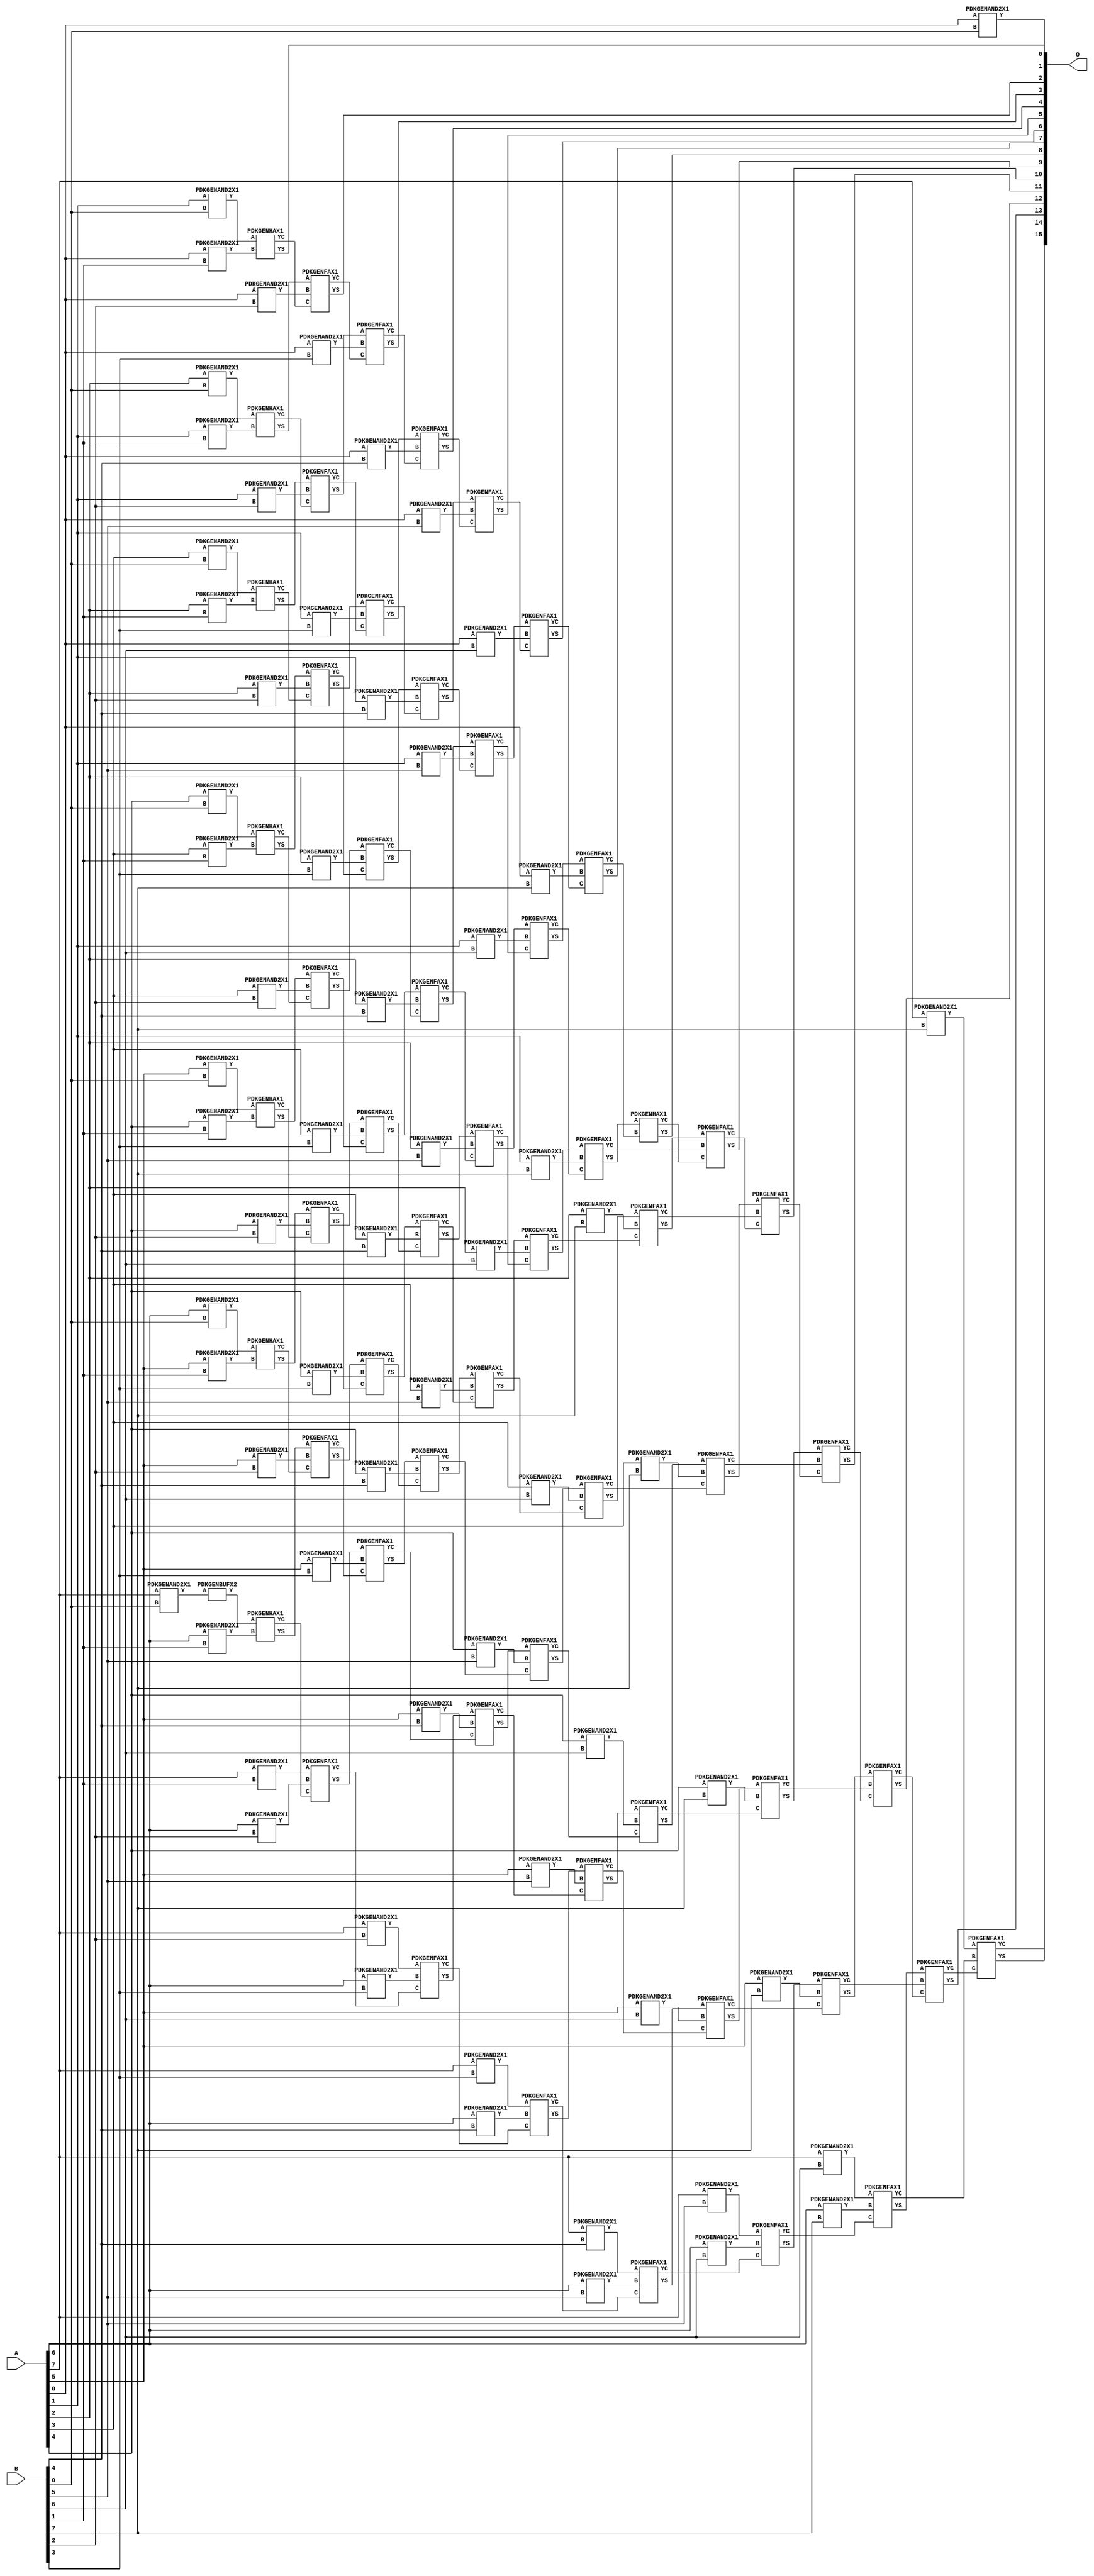
/***
* This code is a part of EvoApproxLib library (ehw.fit.vutbr.cz/approxlib) distributed under The MIT License.
* When used, please cite the following article(s): V. Mrazek, Z. Vasicek, L. Sekanina, H. Jiang and J. Han, "Scalable Construction of Approximate Multipliers With Formally Guaranteed Worst Case Error" in IEEE Transactions on Very Large Scale Integration (VLSI) Systems, vol. 26, no. 11, pp. 2572-2576, Nov. 2018. doi: 10.1109/TVLSI.2018.2856362 
* This file contains a circuit from a sub-set of pareto optimal circuits with respect to the pwr and mse parameters
***/
// MAE% = 0.00 %
// MAE = 0 
// WCE% = 0.00 %
// WCE = 0 
// WCRE% = 0.00 %
// EP% = 0.00 %
// MRE% = 0.00 %
// MSE = 0 
// PDK45_PWR = 2.202 mW
// PDK45_AREA = 3203.0 um2
// PDK45_DELAY = 3.11 ns



module mul8_364(A, B, O);
  input [7:0] A;
  input [7:0] B;
  output [15:0] O;
  wire [2031:0] N;

  assign N[0] = A[0];
  assign N[1] = A[0];
  assign N[2] = A[1];
  assign N[3] = A[1];
  assign N[4] = A[2];
  assign N[5] = A[2];
  assign N[6] = A[3];
  assign N[7] = A[3];
  assign N[8] = A[4];
  assign N[9] = A[4];
  assign N[10] = A[5];
  assign N[11] = A[5];
  assign N[12] = A[6];
  assign N[13] = A[6];
  assign N[14] = A[7];
  assign N[15] = A[7];
  assign N[16] = B[0];
  assign N[17] = B[0];
  assign N[18] = B[1];
  assign N[19] = B[1];
  assign N[20] = B[2];
  assign N[21] = B[2];
  assign N[22] = B[3];
  assign N[23] = B[3];
  assign N[24] = B[4];
  assign N[25] = B[4];
  assign N[26] = B[5];
  assign N[27] = B[5];
  assign N[28] = B[6];
  assign N[29] = B[6];
  assign N[30] = B[7];
  assign N[31] = B[7];

  PDKGENAND2X1 n32(.A(N[0]), .B(N[16]), .Y(N[32]));
  PDKGENAND2X1 n48(.A(N[2]), .B(N[16]), .Y(N[48]));
  PDKGENAND2X1 n64(.A(N[4]), .B(N[16]), .Y(N[64]));
  PDKGENAND2X1 n82(.A(N[6]), .B(N[16]), .Y(N[82]));
  PDKGENAND2X1 n98(.A(N[8]), .B(N[16]), .Y(N[98]));
  PDKGENAND2X1 n114(.A(N[10]), .B(N[16]), .Y(N[114]));
  PDKGENAND2X1 n132(.A(N[12]), .B(N[16]), .Y(N[132]));
  PDKGENAND2X1 n148(.A(N[14]), .B(N[16]), .Y(N[148]));
  assign N[149] = N[148];
  PDKGENAND2X1 n164(.A(N[0]), .B(N[18]), .Y(N[164]));
  PDKGENBUFX2 n166(.A(N[149]), .Y(N[166]));
  assign N[167] = N[166];
  PDKGENAND2X1 n182(.A(N[2]), .B(N[18]), .Y(N[182]));
  PDKGENAND2X1 n198(.A(N[4]), .B(N[18]), .Y(N[198]));
  PDKGENAND2X1 n214(.A(N[6]), .B(N[18]), .Y(N[214]));
  PDKGENAND2X1 n232(.A(N[8]), .B(N[18]), .Y(N[232]));
  PDKGENAND2X1 n248(.A(N[10]), .B(N[18]), .Y(N[248]));
  PDKGENAND2X1 n264(.A(N[12]), .B(N[18]), .Y(N[264]));
  PDKGENAND2X1 n282(.A(N[14]), .B(N[18]), .Y(N[282]));
  PDKGENHAX1 n298(.A(N[48]), .B(N[164]), .YS(N[298]), .YC(N[299]));
  PDKGENHAX1 n314(.A(N[64]), .B(N[182]), .YS(N[314]), .YC(N[315]));
  PDKGENHAX1 n332(.A(N[82]), .B(N[198]), .YS(N[332]), .YC(N[333]));
  PDKGENHAX1 n348(.A(N[98]), .B(N[214]), .YS(N[348]), .YC(N[349]));
  PDKGENHAX1 n364(.A(N[114]), .B(N[232]), .YS(N[364]), .YC(N[365]));
  PDKGENHAX1 n382(.A(N[132]), .B(N[248]), .YS(N[382]), .YC(N[383]));
  PDKGENHAX1 n398(.A(N[167]), .B(N[264]), .YS(N[398]), .YC(N[399]));
  PDKGENAND2X1 n414(.A(N[0]), .B(N[20]), .Y(N[414]));
  PDKGENAND2X1 n432(.A(N[2]), .B(N[20]), .Y(N[432]));
  PDKGENAND2X1 n448(.A(N[4]), .B(N[20]), .Y(N[448]));
  PDKGENAND2X1 n464(.A(N[6]), .B(N[20]), .Y(N[464]));
  PDKGENAND2X1 n482(.A(N[8]), .B(N[20]), .Y(N[482]));
  PDKGENAND2X1 n498(.A(N[10]), .B(N[20]), .Y(N[498]));
  PDKGENAND2X1 n514(.A(N[12]), .B(N[20]), .Y(N[514]));
  PDKGENAND2X1 n532(.A(N[14]), .B(N[20]), .Y(N[532]));
  PDKGENFAX1 n548(.A(N[314]), .B(N[414]), .C(N[299]), .YS(N[548]), .YC(N[549]));
  PDKGENFAX1 n564(.A(N[332]), .B(N[432]), .C(N[315]), .YS(N[564]), .YC(N[565]));
  PDKGENFAX1 n582(.A(N[348]), .B(N[448]), .C(N[333]), .YS(N[582]), .YC(N[583]));
  PDKGENFAX1 n598(.A(N[364]), .B(N[464]), .C(N[349]), .YS(N[598]), .YC(N[599]));
  PDKGENFAX1 n614(.A(N[382]), .B(N[482]), .C(N[365]), .YS(N[614]), .YC(N[615]));
  PDKGENFAX1 n632(.A(N[398]), .B(N[498]), .C(N[383]), .YS(N[632]), .YC(N[633]));
  PDKGENFAX1 n648(.A(N[282]), .B(N[514]), .C(N[399]), .YS(N[648]), .YC(N[649]));
  PDKGENAND2X1 n664(.A(N[0]), .B(N[22]), .Y(N[664]));
  PDKGENAND2X1 n682(.A(N[2]), .B(N[22]), .Y(N[682]));
  PDKGENAND2X1 n698(.A(N[4]), .B(N[22]), .Y(N[698]));
  PDKGENAND2X1 n714(.A(N[6]), .B(N[22]), .Y(N[714]));
  PDKGENAND2X1 n732(.A(N[8]), .B(N[22]), .Y(N[732]));
  PDKGENAND2X1 n748(.A(N[10]), .B(N[22]), .Y(N[748]));
  PDKGENAND2X1 n764(.A(N[12]), .B(N[22]), .Y(N[764]));
  PDKGENAND2X1 n782(.A(N[14]), .B(N[22]), .Y(N[782]));
  PDKGENFAX1 n798(.A(N[564]), .B(N[664]), .C(N[549]), .YS(N[798]), .YC(N[799]));
  PDKGENFAX1 n814(.A(N[582]), .B(N[682]), .C(N[565]), .YS(N[814]), .YC(N[815]));
  PDKGENFAX1 n832(.A(N[598]), .B(N[698]), .C(N[583]), .YS(N[832]), .YC(N[833]));
  PDKGENFAX1 n848(.A(N[614]), .B(N[714]), .C(N[599]), .YS(N[848]), .YC(N[849]));
  PDKGENFAX1 n864(.A(N[632]), .B(N[732]), .C(N[615]), .YS(N[864]), .YC(N[865]));
  PDKGENFAX1 n882(.A(N[648]), .B(N[748]), .C(N[633]), .YS(N[882]), .YC(N[883]));
  PDKGENFAX1 n898(.A(N[532]), .B(N[764]), .C(N[649]), .YS(N[898]), .YC(N[899]));
  PDKGENAND2X1 n914(.A(N[0]), .B(N[24]), .Y(N[914]));
  PDKGENAND2X1 n932(.A(N[2]), .B(N[24]), .Y(N[932]));
  PDKGENAND2X1 n948(.A(N[4]), .B(N[24]), .Y(N[948]));
  PDKGENAND2X1 n964(.A(N[6]), .B(N[24]), .Y(N[964]));
  PDKGENAND2X1 n982(.A(N[8]), .B(N[24]), .Y(N[982]));
  PDKGENAND2X1 n998(.A(N[10]), .B(N[24]), .Y(N[998]));
  PDKGENAND2X1 n1014(.A(N[12]), .B(N[24]), .Y(N[1014]));
  PDKGENAND2X1 n1032(.A(N[14]), .B(N[24]), .Y(N[1032]));
  PDKGENFAX1 n1048(.A(N[814]), .B(N[914]), .C(N[799]), .YS(N[1048]), .YC(N[1049]));
  PDKGENFAX1 n1064(.A(N[832]), .B(N[932]), .C(N[815]), .YS(N[1064]), .YC(N[1065]));
  PDKGENFAX1 n1082(.A(N[848]), .B(N[948]), .C(N[833]), .YS(N[1082]), .YC(N[1083]));
  PDKGENFAX1 n1098(.A(N[864]), .B(N[964]), .C(N[849]), .YS(N[1098]), .YC(N[1099]));
  PDKGENFAX1 n1114(.A(N[882]), .B(N[982]), .C(N[865]), .YS(N[1114]), .YC(N[1115]));
  PDKGENFAX1 n1132(.A(N[898]), .B(N[998]), .C(N[883]), .YS(N[1132]), .YC(N[1133]));
  PDKGENFAX1 n1148(.A(N[782]), .B(N[1014]), .C(N[899]), .YS(N[1148]), .YC(N[1149]));
  PDKGENAND2X1 n1164(.A(N[0]), .B(N[26]), .Y(N[1164]));
  PDKGENAND2X1 n1182(.A(N[2]), .B(N[26]), .Y(N[1182]));
  PDKGENAND2X1 n1198(.A(N[4]), .B(N[26]), .Y(N[1198]));
  PDKGENAND2X1 n1214(.A(N[6]), .B(N[26]), .Y(N[1214]));
  PDKGENAND2X1 n1232(.A(N[8]), .B(N[26]), .Y(N[1232]));
  PDKGENAND2X1 n1248(.A(N[10]), .B(N[26]), .Y(N[1248]));
  PDKGENAND2X1 n1264(.A(N[12]), .B(N[26]), .Y(N[1264]));
  PDKGENAND2X1 n1282(.A(N[14]), .B(N[26]), .Y(N[1282]));
  PDKGENFAX1 n1298(.A(N[1064]), .B(N[1164]), .C(N[1049]), .YS(N[1298]), .YC(N[1299]));
  PDKGENFAX1 n1314(.A(N[1082]), .B(N[1182]), .C(N[1065]), .YS(N[1314]), .YC(N[1315]));
  PDKGENFAX1 n1332(.A(N[1098]), .B(N[1198]), .C(N[1083]), .YS(N[1332]), .YC(N[1333]));
  PDKGENFAX1 n1348(.A(N[1114]), .B(N[1214]), .C(N[1099]), .YS(N[1348]), .YC(N[1349]));
  PDKGENFAX1 n1364(.A(N[1132]), .B(N[1232]), .C(N[1115]), .YS(N[1364]), .YC(N[1365]));
  PDKGENFAX1 n1382(.A(N[1148]), .B(N[1248]), .C(N[1133]), .YS(N[1382]), .YC(N[1383]));
  PDKGENFAX1 n1398(.A(N[1032]), .B(N[1264]), .C(N[1149]), .YS(N[1398]), .YC(N[1399]));
  PDKGENAND2X1 n1414(.A(N[0]), .B(N[28]), .Y(N[1414]));
  PDKGENAND2X1 n1432(.A(N[2]), .B(N[28]), .Y(N[1432]));
  PDKGENAND2X1 n1448(.A(N[4]), .B(N[28]), .Y(N[1448]));
  PDKGENAND2X1 n1464(.A(N[6]), .B(N[28]), .Y(N[1464]));
  PDKGENAND2X1 n1482(.A(N[8]), .B(N[28]), .Y(N[1482]));
  PDKGENAND2X1 n1498(.A(N[10]), .B(N[28]), .Y(N[1498]));
  PDKGENAND2X1 n1514(.A(N[12]), .B(N[28]), .Y(N[1514]));
  PDKGENAND2X1 n1532(.A(N[14]), .B(N[28]), .Y(N[1532]));
  PDKGENFAX1 n1548(.A(N[1314]), .B(N[1414]), .C(N[1299]), .YS(N[1548]), .YC(N[1549]));
  PDKGENFAX1 n1564(.A(N[1332]), .B(N[1432]), .C(N[1315]), .YS(N[1564]), .YC(N[1565]));
  PDKGENFAX1 n1582(.A(N[1348]), .B(N[1448]), .C(N[1333]), .YS(N[1582]), .YC(N[1583]));
  PDKGENFAX1 n1598(.A(N[1364]), .B(N[1464]), .C(N[1349]), .YS(N[1598]), .YC(N[1599]));
  PDKGENFAX1 n1614(.A(N[1382]), .B(N[1482]), .C(N[1365]), .YS(N[1614]), .YC(N[1615]));
  PDKGENFAX1 n1632(.A(N[1398]), .B(N[1498]), .C(N[1383]), .YS(N[1632]), .YC(N[1633]));
  PDKGENFAX1 n1648(.A(N[1282]), .B(N[1514]), .C(N[1399]), .YS(N[1648]), .YC(N[1649]));
  PDKGENAND2X1 n1664(.A(N[0]), .B(N[30]), .Y(N[1664]));
  PDKGENAND2X1 n1682(.A(N[2]), .B(N[30]), .Y(N[1682]));
  PDKGENAND2X1 n1698(.A(N[4]), .B(N[30]), .Y(N[1698]));
  PDKGENAND2X1 n1714(.A(N[6]), .B(N[30]), .Y(N[1714]));
  PDKGENAND2X1 n1732(.A(N[8]), .B(N[30]), .Y(N[1732]));
  PDKGENAND2X1 n1748(.A(N[10]), .B(N[30]), .Y(N[1748]));
  PDKGENAND2X1 n1764(.A(N[12]), .B(N[30]), .Y(N[1764]));
  PDKGENAND2X1 n1782(.A(N[14]), .B(N[30]), .Y(N[1782]));
  PDKGENFAX1 n1798(.A(N[1564]), .B(N[1664]), .C(N[1549]), .YS(N[1798]), .YC(N[1799]));
  PDKGENFAX1 n1814(.A(N[1582]), .B(N[1682]), .C(N[1565]), .YS(N[1814]), .YC(N[1815]));
  PDKGENFAX1 n1832(.A(N[1598]), .B(N[1698]), .C(N[1583]), .YS(N[1832]), .YC(N[1833]));
  PDKGENFAX1 n1848(.A(N[1614]), .B(N[1714]), .C(N[1599]), .YS(N[1848]), .YC(N[1849]));
  PDKGENFAX1 n1864(.A(N[1632]), .B(N[1732]), .C(N[1615]), .YS(N[1864]), .YC(N[1865]));
  PDKGENFAX1 n1882(.A(N[1648]), .B(N[1748]), .C(N[1633]), .YS(N[1882]), .YC(N[1883]));
  PDKGENFAX1 n1898(.A(N[1532]), .B(N[1764]), .C(N[1649]), .YS(N[1898]), .YC(N[1899]));
  PDKGENHAX1 n1914(.A(N[1814]), .B(N[1799]), .YS(N[1914]), .YC(N[1915]));
  PDKGENFAX1 n1932(.A(N[1832]), .B(N[1815]), .C(N[1915]), .YS(N[1932]), .YC(N[1933]));
  PDKGENFAX1 n1948(.A(N[1848]), .B(N[1833]), .C(N[1933]), .YS(N[1948]), .YC(N[1949]));
  PDKGENFAX1 n1964(.A(N[1864]), .B(N[1849]), .C(N[1949]), .YS(N[1964]), .YC(N[1965]));
  PDKGENFAX1 n1982(.A(N[1882]), .B(N[1865]), .C(N[1965]), .YS(N[1982]), .YC(N[1983]));
  PDKGENFAX1 n1998(.A(N[1898]), .B(N[1883]), .C(N[1983]), .YS(N[1998]), .YC(N[1999]));
  PDKGENFAX1 n2014(.A(N[1782]), .B(N[1899]), .C(N[1999]), .YS(N[2014]), .YC(N[2015]));

  assign O[0] = N[32];
  assign O[1] = N[298];
  assign O[2] = N[548];
  assign O[3] = N[798];
  assign O[4] = N[1048];
  assign O[5] = N[1298];
  assign O[6] = N[1548];
  assign O[7] = N[1798];
  assign O[8] = N[1914];
  assign O[9] = N[1932];
  assign O[10] = N[1948];
  assign O[11] = N[1964];
  assign O[12] = N[1982];
  assign O[13] = N[1998];
  assign O[14] = N[2014];
  assign O[15] = N[2015];

endmodule


module trun8_tam00b ( A, B, O );
  input [7:0] A;
  input [7:0] B;
  output [15:0] O;

  wire C_1_0,C_1_1,C_1_2,C_1_3,C_1_4,C_1_5,C_1_6,C_2_0,C_2_1,C_2_2,C_2_3,C_2_4,C_2_5,C_2_6,C_3_0,C_3_1,C_3_2,C_3_3,C_3_4,C_3_5,C_3_6,C_4_0,C_4_1,C_4_2,C_4_3,C_4_4,C_4_5,C_4_6,C_5_0,C_5_1,C_5_2,C_5_3,C_5_4,C_5_5,C_5_6,C_6_0,C_6_1,C_6_2,C_6_3,C_6_4,C_6_5,C_6_6,C_7_0,C_7_1,C_7_2,C_7_3,C_7_4,C_7_5,C_7_6,S_0_0,S_0_1,S_0_2,S_0_3,S_0_4,S_0_5,S_0_6,S_0_7,S_1_0,S_1_1,S_1_2,S_1_3,S_1_4,S_1_5,S_1_6,S_1_7,S_2_0,S_2_1,S_2_2,S_2_3,S_2_4,S_2_5,S_2_6,S_2_7,S_3_0,S_3_1,S_3_2,S_3_3,S_3_4,S_3_5,S_3_6,S_3_7,S_4_0,S_4_1,S_4_2,S_4_3,S_4_4,S_4_5,S_4_6,S_4_7,S_5_0,S_5_1,S_5_2,S_5_3,S_5_4,S_5_5,S_5_6,S_5_7,S_6_0,S_6_1,S_6_2,S_6_3,S_6_4,S_6_5,S_6_6,S_6_7,S_7_0,S_7_1,S_7_2,S_7_3,S_7_4,S_7_5,S_7_6,S_7_7,S_8_0,S_8_1,S_8_2,S_8_3,S_8_4,S_8_5,S_8_6,S_8_7;

  assign S_0_0 = (A[0] & B[0]);
  assign S_0_1 = (A[0] & B[1]);
  assign S_0_2 = (A[0] & B[2]);
  assign S_0_3 = (A[0] & B[3]);
  assign S_0_4 = (A[0] & B[4]);
  assign S_0_5 = (A[0] & B[5]);
  assign S_0_6 = (A[0] & B[6]);
  assign S_0_7 = (A[0] & B[7]);
  PDKGENHAX1 U13609 (.A(S_0_1), .B((A[1] & B[0])), .YS(S_1_0), .YC(C_1_0));
  PDKGENHAX1 U13610 (.A(S_0_2), .B((A[1] & B[1])), .YS(S_1_1), .YC(C_1_1));
  PDKGENHAX1 U13611 (.A(S_0_3), .B((A[1] & B[2])), .YS(S_1_2), .YC(C_1_2));
  PDKGENHAX1 U13612 (.A(S_0_4), .B((A[1] & B[3])), .YS(S_1_3), .YC(C_1_3));
  PDKGENHAX1 U13613 (.A(S_0_5), .B((A[1] & B[4])), .YS(S_1_4), .YC(C_1_4));
  PDKGENHAX1 U13614 (.A(S_0_6), .B((A[1] & B[5])), .YS(S_1_5), .YC(C_1_5));
  PDKGENHAX1 U13615 (.A(S_0_7), .B((A[1] & B[6])), .YS(S_1_6), .YC(C_1_6));
  assign S_1_7 = (A[1] & B[7]);
  PDKGENFAX1 U13617 (.A(S_1_1), .B(C_1_0), .C((A[2] & B[0])), .YS(S_2_0), .YC(C_2_0));
  PDKGENFAX1 U13618 (.A(S_1_2), .B(C_1_1), .C((A[2] & B[1])), .YS(S_2_1), .YC(C_2_1));
  PDKGENFAX1 U13619 (.A(S_1_3), .B(C_1_2), .C((A[2] & B[2])), .YS(S_2_2), .YC(C_2_2));
  PDKGENFAX1 U13620 (.A(S_1_4), .B(C_1_3), .C((A[2] & B[3])), .YS(S_2_3), .YC(C_2_3));
  PDKGENFAX1 U13621 (.A(S_1_5), .B(C_1_4), .C((A[2] & B[4])), .YS(S_2_4), .YC(C_2_4));
  PDKGENFAX1 U13622 (.A(S_1_6), .B(C_1_5), .C((A[2] & B[5])), .YS(S_2_5), .YC(C_2_5));
  PDKGENFAX1 U13623 (.A(S_1_7), .B(C_1_6), .C((A[2] & B[6])), .YS(S_2_6), .YC(C_2_6));
  assign S_2_7 = (A[2] & B[7]);
  PDKGENFAX1 U13625 (.A(S_2_1), .B(C_2_0), .C((A[3] & B[0])), .YS(S_3_0), .YC(C_3_0));
  PDKGENFAX1 U13626 (.A(S_2_2), .B(C_2_1), .C((A[3] & B[1])), .YS(S_3_1), .YC(C_3_1));
  PDKGENFAX1 U13627 (.A(S_2_3), .B(C_2_2), .C((A[3] & B[2])), .YS(S_3_2), .YC(C_3_2));
  PDKGENFAX1 U13628 (.A(S_2_4), .B(C_2_3), .C((A[3] & B[3])), .YS(S_3_3), .YC(C_3_3));
  PDKGENFAX1 U13629 (.A(S_2_5), .B(C_2_4), .C((A[3] & B[4])), .YS(S_3_4), .YC(C_3_4));
  PDKGENFAX1 U13630 (.A(S_2_6), .B(C_2_5), .C((A[3] & B[5])), .YS(S_3_5), .YC(C_3_5));
  PDKGENFAX1 U13631 (.A(S_2_7), .B(C_2_6), .C((A[3] & B[6])), .YS(S_3_6), .YC(C_3_6));
  assign S_3_7 = (A[3] & B[7]);
  PDKGENFAX1 U13633 (.A(S_3_1), .B(C_3_0), .C((A[4] & B[0])), .YS(S_4_0), .YC(C_4_0));
  PDKGENFAX1 U13634 (.A(S_3_2), .B(C_3_1), .C((A[4] & B[1])), .YS(S_4_1), .YC(C_4_1));
  PDKGENFAX1 U13635 (.A(S_3_3), .B(C_3_2), .C((A[4] & B[2])), .YS(S_4_2), .YC(C_4_2));
  PDKGENFAX1 U13636 (.A(S_3_4), .B(C_3_3), .C((A[4] & B[3])), .YS(S_4_3), .YC(C_4_3));
  PDKGENFAX1 U13637 (.A(S_3_5), .B(C_3_4), .C((A[4] & B[4])), .YS(S_4_4), .YC(C_4_4));
  PDKGENFAX1 U13638 (.A(S_3_6), .B(C_3_5), .C((A[4] & B[5])), .YS(S_4_5), .YC(C_4_5));
  PDKGENFAX1 U13639 (.A(S_3_7), .B(C_3_6), .C((A[4] & B[6])), .YS(S_4_6), .YC(C_4_6));
  assign S_4_7 = (A[4] & B[7]);
  PDKGENFAX1 U13641 (.A(S_4_1), .B(C_4_0), .C((A[5] & B[0])), .YS(S_5_0), .YC(C_5_0));
  PDKGENFAX1 U13642 (.A(S_4_2), .B(C_4_1), .C((A[5] & B[1])), .YS(S_5_1), .YC(C_5_1));
  PDKGENFAX1 U13643 (.A(S_4_3), .B(C_4_2), .C((A[5] & B[2])), .YS(S_5_2), .YC(C_5_2));
  PDKGENFAX1 U13644 (.A(S_4_4), .B(C_4_3), .C((A[5] & B[3])), .YS(S_5_3), .YC(C_5_3));
  PDKGENFAX1 U13645 (.A(S_4_5), .B(C_4_4), .C((A[5] & B[4])), .YS(S_5_4), .YC(C_5_4));
  PDKGENFAX1 U13646 (.A(S_4_6), .B(C_4_5), .C((A[5] & B[5])), .YS(S_5_5), .YC(C_5_5));
  PDKGENFAX1 U13647 (.A(S_4_7), .B(C_4_6), .C((A[5] & B[6])), .YS(S_5_6), .YC(C_5_6));
  assign S_5_7 = (A[5] & B[7]);
  PDKGENFAX1 U13649 (.A(S_5_1), .B(C_5_0), .C((A[6] & B[0])), .YS(S_6_0), .YC(C_6_0));
  PDKGENFAX1 U13650 (.A(S_5_2), .B(C_5_1), .C((A[6] & B[1])), .YS(S_6_1), .YC(C_6_1));
  PDKGENFAX1 U13651 (.A(S_5_3), .B(C_5_2), .C((A[6] & B[2])), .YS(S_6_2), .YC(C_6_2));
  PDKGENFAX1 U13652 (.A(S_5_4), .B(C_5_3), .C((A[6] & B[3])), .YS(S_6_3), .YC(C_6_3));
  PDKGENFAX1 U13653 (.A(S_5_5), .B(C_5_4), .C((A[6] & B[4])), .YS(S_6_4), .YC(C_6_4));
  PDKGENFAX1 U13654 (.A(S_5_6), .B(C_5_5), .C((A[6] & B[5])), .YS(S_6_5), .YC(C_6_5));
  PDKGENFAX1 U13655 (.A(S_5_7), .B(C_5_6), .C((A[6] & B[6])), .YS(S_6_6), .YC(C_6_6));
  assign S_6_7 = (A[6] & B[7]);
  PDKGENFAX1 U13657 (.A(S_6_1), .B(C_6_0), .C((A[7] & B[0])), .YS(S_7_0), .YC(C_7_0));
  PDKGENFAX1 U13658 (.A(S_6_2), .B(C_6_1), .C((A[7] & B[1])), .YS(S_7_1), .YC(C_7_1));
  PDKGENFAX1 U13659 (.A(S_6_3), .B(C_6_2), .C((A[7] & B[2])), .YS(S_7_2), .YC(C_7_2));
  PDKGENFAX1 U13660 (.A(S_6_4), .B(C_6_3), .C((A[7] & B[3])), .YS(S_7_3), .YC(C_7_3));
  PDKGENFAX1 U13661 (.A(S_6_5), .B(C_6_4), .C((A[7] & B[4])), .YS(S_7_4), .YC(C_7_4));
  PDKGENFAX1 U13662 (.A(S_6_6), .B(C_6_5), .C((A[7] & B[5])), .YS(S_7_5), .YC(C_7_5));
  PDKGENFAX1 U13663 (.A(S_6_7), .B(C_6_6), .C((A[7] & B[6])), .YS(S_7_6), .YC(C_7_6));
  assign S_7_7 = (A[7] & B[7]);
  assign {S_8_7, S_8_6, S_8_5, S_8_4, S_8_3, S_8_2, S_8_1, S_8_0} = {C_7_6, C_7_5, C_7_4, C_7_3, C_7_2, C_7_1, C_7_0} + {S_7_7, S_7_6, S_7_5, S_7_4, S_7_3, S_7_2, S_7_1};
  assign O = {S_8_7,S_8_6,S_8_5,S_8_4,S_8_3,S_8_2,S_8_1,S_8_0,S_7_0,S_6_0,S_5_0,S_4_0,S_3_0,S_2_0,S_1_0,S_0_0};

endmodule
module CLA32bit(a,b,c_in,sum,c_out);

input [31:0]a,b;
input c_in;
output [31:0]sum;
output c_out;

wire [31:0] sum_out,  p,  g;
wire [7:0] PPP, GGG;
wire [8:0] CC;

assign p[31:0] = a[31:0] ^ b[31:0];
assign g[31:0] = a[31:0] & b[31:0];

assign PPP[0]= p [3] & p [2] & p [1] & p [0];
assign PPP[1]= p [7] & p [6] & p [5] & p [4];
assign PPP[2]= p[11] & p[10] & p [9] & p [8];
assign PPP[3]= p[15] & p[14] & p[13] & p[12];
assign PPP[4]= p[19] & p[18] & p[17] & p[16];
assign PPP[5]= p[23] & p[22] & p[21] & p[20];
assign PPP[6]= p[27] & p[26] & p[25] & p[24];
assign PPP[7]= p[31] & p[30] & p[29] & p[28];

assign GGG[0]= g[3]  | (p [3] & g [2])  | (p [3] & p [2] & g [1])  | (p [3] & p [2] & p [1] & g [0]) ;
assign GGG[1]= g[7]  | (p [7] & g [6])  | (p [7] & p [6] & g [5])  | (p [7] & p [6] & p [5] & g [4]);
assign GGG[2]= g[11] | (p[11] & g[10])  | (p[11] & p[10] & g [9])  | (p[11] & p[10] & p [9] & g [8]);
assign GGG[3]= g[15] | (p[15] & g[14])  | (p[15] & p[14] & g[13])  | (p[15] & p[14] & p[13] & g[12]);
assign GGG[4]= g[19] | (p[19] & g[18])  | (p[19] & p[18] & g[17])  | (p[19] & p[18] & p[17] & g[16]);
assign GGG[5]= g[23] | (p[23] & g[22])  | (p[23] & p[22] & g[21])  | (p[23] & p[22] & p[21] & g[20]);
assign GGG[6]= g[27] | (p[27] & g[26])  | (p[27] & p[26] & g[25])  | (p[27] & p[26] & p[25] & g[24]);
assign GGG[7]= g[31] | (p[31] & g[30])  | (p[31] & p[30] & g[29])  | (p[31] & p[30] & p[29] & g[28]);
assign CC[0] = c_in;
assign CC[1] = GGG[0]  |  PPP[0]&  CC[0];
assign CC[2] = GGG[1]  |  PPP[1]&GGG[0]  |  PPP[1]&PPP[0]&  CC[0];
assign CC[3] = GGG[2]  |  PPP[2]&GGG[1]  |  PPP[2]&PPP[1]&GGG[0]  |  PPP[2]&PPP[1]&PPP[0]&  CC[0];
assign CC[4] = GGG[3]  |  PPP[3]&GGG[2]  |  PPP[3]&PPP[2]&GGG[1]  |  PPP[3]&PPP[2]&PPP[1]&GGG[0]  |  PPP[3]&PPP[2]&PPP[1]&PPP[0]&  CC[0];
assign CC[5] = GGG[4]  |  PPP[4]&GGG[3]  |  PPP[4]&PPP[3]&GGG[2]  |  PPP[4]&PPP[3]&PPP[2]&GGG[1]  |  PPP[4]&PPP[3]&PPP[2]&PPP[1]&GGG[0] |  PPP[4]&PPP[3]&PPP[2]&PPP[1]&PPP[0]&  CC[0];
assign CC[6] = GGG[5]  |  PPP[5]&GGG[4]  |  PPP[5]&PPP[4]&GGG[3]  |  PPP[5]&PPP[4]&PPP[3]&GGG[2]  |  PPP[5]&PPP[4]&PPP[3]&PPP[2]&GGG[1] |  PPP[5]&PPP[4]&PPP[3]&PPP[2]&PPP[1]&GGG[0] |  PPP[5]&PPP[4]&PPP[3]&PPP[2]&PPP[1]&PPP[0]& CC[0];
assign CC[7] = GGG[6]  | PPP[6]&GGG[5]  |  PPP[6]&PPP[5]&GGG[4]  |  PPP[6]&PPP[5]&PPP[4]&GGG[3]  |  PPP[6]&PPP[5]&PPP[4]&PPP[3]&GGG[2]  |  PPP[6]&PPP[5]&PPP[4]&PPP[3]&PPP[2]&GGG[1] |  PPP[6]&PPP[5]&PPP[4]&PPP[3]&PPP[2]&PPP[1]&GGG[0] |  PPP[6]&PPP[5]&PPP[4]&PPP[3]&PPP[2]&PPP[1]&PPP[0] & CC[0];
assign CC[8] = GGG[7] | PPP[7]&GGG[6]  | PPP[7]&PPP[6]&GGG[5]  |  PPP[7]&PPP[6]&PPP[5]&GGG[4]  |  PPP[7]&PPP[6]&PPP[5]&PPP[4]&GGG[3]  |  PPP[7]&PPP[6]&PPP[5]&PPP[4]&PPP[3]&GGG[2]  |  PPP[7]&PPP[6]&PPP[5]&PPP[4]&PPP[3]&PPP[2]&GGG[1] |  PPP[7]&PPP[6]&PPP[5]&PPP[4]&PPP[3]&PPP[2]&PPP[1]&GGG[0] |  PPP[7]&PPP[6]&PPP[5]&PPP[4]&PPP[3]&PPP[2]&PPP[1]&PPP[0] & CC[0];
cla_4bit cla4bit1(.aa(a  [3:0]),  .bb(b  [3:0]),  .cin(CC[0]),   .pp(p  [3:0]),  .gg(g  [3:0]),   .summ(sum  [3:0]));
cla_4bit cla4bit2(.aa(a  [7:4]),  .bb(b  [7:4]),  .cin(CC[1]),   .pp(p  [7:4]),  .gg(g  [7:4]),   .summ(sum  [7:4]));
cla_4bit cla4bit3(.aa(a [11:8]),  .bb(b [11:8]),  .cin(CC[2]),   .pp(p [11:8]),  .gg(g [11:8]),   .summ(sum [11:8]));
cla_4bit cla4bit4(.aa(a[15:12]),  .bb(b[15:12]),  .cin(CC[3]),   .pp(p[15:12]),  .gg(g[15:12]),   .summ(sum[15:12]));
cla_4bit cla4bit5(.aa(a[19:16]),  .bb(b[19:16]),  .cin(CC[4]),   .pp(p[19:16]),  .gg(g[19:16]),   .summ(sum[19:16]));
cla_4bit cla4bit6(.aa(a[23:20]),  .bb(b[23:20]),  .cin(CC[5]),   .pp(p[23:20]),  .gg(g[23:20]),   .summ(sum[23:20]));
cla_4bit cla4bit7(.aa(a[27:24]),  .bb(b[27:24]),  .cin(CC[6]),   .pp(p[27:24]),  .gg(g[27:24]),   .summ(sum[27:24]));
cla_4bit cla4bit8(.aa(a[31:28]),  .bb(b[31:28]),  .cin(CC[7]),   .pp(p[31:28]),  .gg(g[31:28]),   .summ(sum[31:28]));

assign c_out=CC[8];

endmodule
module cla_4bit(aa,bb,cin,summ,pp,gg);
input  [3:0] aa,bb,pp,gg;  
input cin;
output [3:0] summ;

wire [3:0] c;

   assign c[0] = cin;
   assign c[1] = gg[0] | (pp[0] & c[0]);
   assign c[2] = gg[1] | (pp[1] & gg[0]) | (pp[1] & pp[0] & c[0]);
   assign c[3] = gg[2] | (pp[2] & gg[1]) | (pp[2] & pp[1] & gg[0])| (pp[2] & pp[1] & pp[0] & c[0]);

   assign summ[3:0] = pp[3:0]  ^  c[3:0];
endmodule

`timescale 1ns/100ps
module mul16u_BMC ( input[15:0] A,
                   input[15:0] B,
                   output [31:0] O
                 );

wire [15:0] ll,lh,hl,hh;
wire [31:0] llhhlh_sum;
wire [31:0] shifted_llhh, shifted_lh, shifted_hl;

localparam MAX1 = 15;
localparam MIN1 = 8;

localparam MAX2 = 7;
localparam MIN2 = 0;

mul8_364 LxL (.A(A[MAX2:MIN2]), .B(B[MAX2:MIN2]), .O(ll));
trun8_tam00b HxL (.A(A[MAX1:MIN1]), .B(B[MAX2:MIN2]), .O(hl));
mul8_364 LxH (.A(A[MAX2:MIN2]), .B(B[MAX1:MIN1]), .O(lh));
mul8_364 HxH (.A(A[MAX1:MIN1]), .B(B[MAX1:MIN1]), .O(hh));

assign shifted_llhh = { hh, ll }; 
assign shifted_lh = { {8{1'b0}}, lh, {8{1'b0}}}; 
assign shifted_hl = { {8{1'b0}}, hl, {8{1'b0}}};
CLA32bit LLHHLH (.a(shifted_llhh), .b(shifted_lh), .c_in(1'b0), .sum(llhhlh_sum), .c_out());
CLA32bit SUMO (.a(llhhlh_sum), .b(shifted_hl), .c_in(1'b0), .sum(O), .c_out());

endmodule


/* mod */
module PDKGENHAX1( input A, input B, output YS, output YC );
    assign YS = A ^ B;
    assign YC = A & B;
endmodule
/* mod */
module PDKGENAND2X1(input A, input B, output Y );
     assign Y = A & B;
endmodule
/* mod */
module PDKGENFAX1( input A, input B, input C, output YS, output YC );
    assign YS = (A ^ B) ^ C;
    assign YC = (A & B) | (B & C) | (A & C);
endmodule
/* mod */
module PDKGENBUFX2(input A, output Y );
     assign Y = A;
endmodule